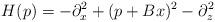
LaTeX: \begin{align*} H(p) = -\partial_x^2 + (p+Bx)^2 -\partial_z^2\end{align*}